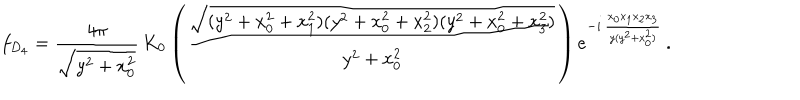
f _ { D _ { 4 } } = \frac { 4 \pi } { \sqrt { y ^ { 2 } + x _ { 0 } ^ { 2 } } } \, K _ { 0 } \left( \frac { \sqrt { ( y ^ { 2 } + x _ { 0 } ^ { 2 } + x _ { 1 } ^ { 2 } ) ( y ^ { 2 } + x _ { 0 } ^ { 2 } + x _ { 2 } ^ { 2 } ) ( y ^ { 2 } + x _ { 0 } ^ { 2 } + x _ { 3 } ^ { 2 } ) } } { y ^ { 2 } + x _ { 0 } ^ { 2 } } \right) e ^ { - i \, \frac { x _ { 0 } x _ { 1 } x _ { 2 } x _ { 3 } } { y ( y ^ { 2 } + x _ { 0 } ^ { 2 } ) } } \, .